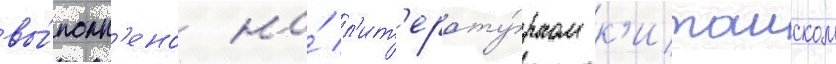
вы́полн'ено на́ л'ит'ерату́рном к'итаиском